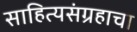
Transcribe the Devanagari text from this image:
साहित्यसंग्रहाचा